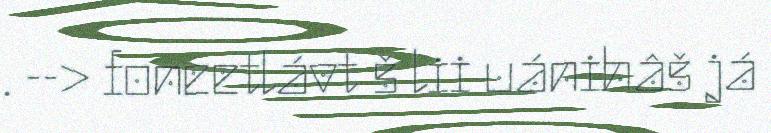
. --> foneetlávt š lii uánihâš já